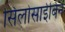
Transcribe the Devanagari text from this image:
सिलोसाईबिन